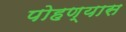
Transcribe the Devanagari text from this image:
पोहण्यास